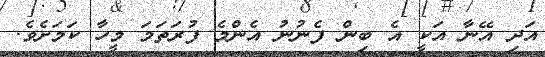
އަދި އޭނާ އަކީ އެ ބިން ފެނުނު އެންމެ ފުރަތަމަ މީހާ ކަމަށެވެ.